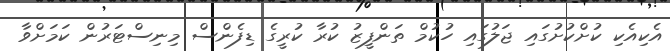
އެކިއެކި ކުށްކުށުގައި ޖަލުގައި ހުކުމް ތަންފީޒު ކުރާ ކުރީގެ ޑިފެންސް މިނިސްޓަރުން ކަމަށްވާ